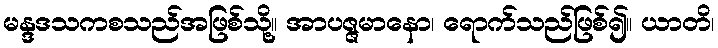
မန္ဒဒသကစသည်အဖြစ်သို့။ အာပဇ္ဇမာနော၊ ရောက်သည်ဖြစ်၍။ ယာတိ၊